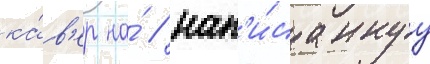
ка́в'ер на́ / нап'и́саннуу